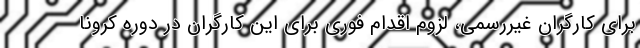
برای کارگران غیررسمی، لزوم اقدام فوری برای این کارگران در دوره کرونا